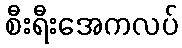
စီးရီးအေကလပ်